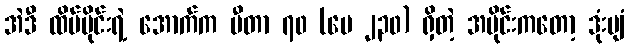
အဲဒီ ထိပ်ပိုင်းရဲ့ အောက်က မီတာ ၇၀ (ပေ ၂၃၀) ရှိတဲ့ အပိုင်းကတော့ ဒုံးပျံ